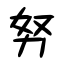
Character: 努